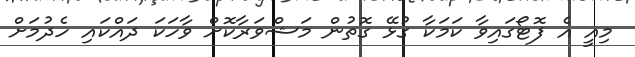
މިއީ އެ ފޮޓޯގައިވާ ކަމަކާ ގުޅޭ ގޮތުން މަޝްވަރާކޮށް ވާހަކަ ދައްކައި ހެދުމަށް